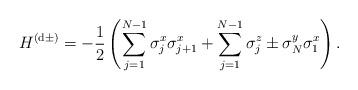
LaTeX: \begin{align*}H^{(\mathrm{d}\pm)} = -\frac{1}{2}\left(\sum_{j=1}^{N-1}\sigma^{x}_{j}\sigma^{x}_{j+1}+\sum_{j=1}^{N-1}\sigma^{z}_{j}\pm\sigma^{y}_{N}\sigma^{x}_{1}\right).\end{align*}